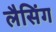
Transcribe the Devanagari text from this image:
लैसिंग